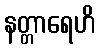
နတ္တာရေဟိ